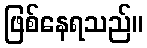
ဖြစ်နေရသည်။